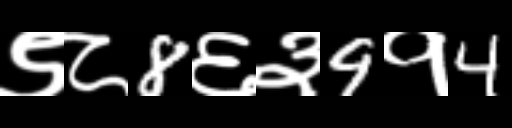
Text: ९८8६३9१4